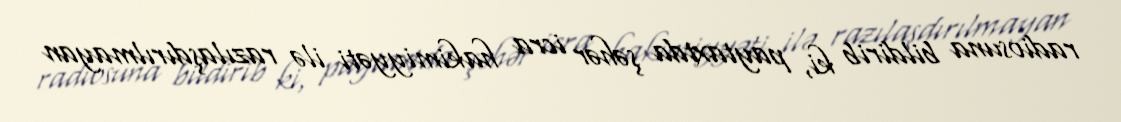
radiosuna bildirib ki, paytaxtda şəhər icra hakimiyyəti ilə razılaşdırılmayan